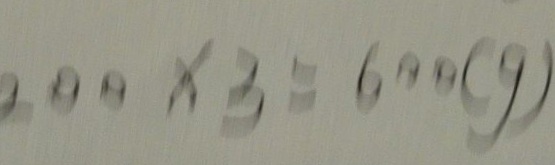
2 0 0 \times 3 = 6 0 0 ( g )